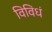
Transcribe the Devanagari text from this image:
विविधं